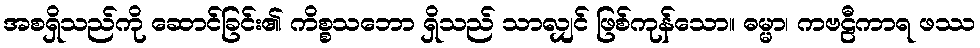
အစရှိသည်ကို ဆောင်ခြင်း၏ ကိစ္စသဘော ရှိသည် သာလျှင် ဖြစ်ကုန်သော။ ဓမ္မာ၊ ကဗဠီကာရ ဖဿ